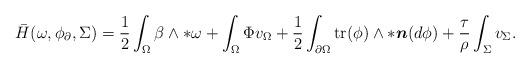
LaTeX: \begin{align*} \bar{H}(\omega,\phi_{\partial},\Sigma)=\frac{1}{2}\int_{\Omega}\beta\wedge\ast\omega+\int_{\Omega}\Phi v_{\Omega}+\frac{1}{2}\int_{\partial\Omega}\mathrm{tr}(\phi)\wedge\ast\boldsymbol{n}(d\phi)+\frac{\tau}{\rho}\int_{\Sigma}v_{\Sigma}. \end{align*}